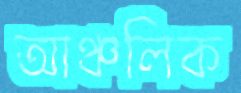
আঞ্চলিক